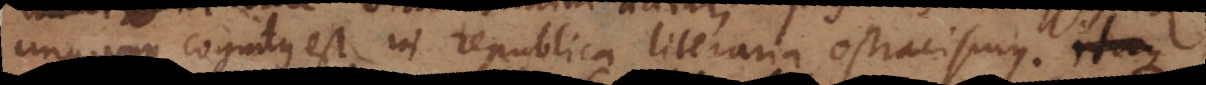
unquam cognitus est in republica literaria ostracismus. Itaque